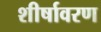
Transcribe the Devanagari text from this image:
शीर्षावरण